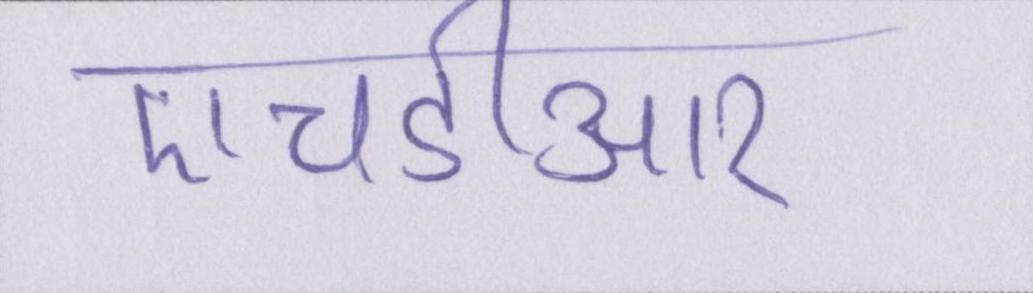
एचडीआर